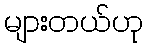
များတယ်ဟု